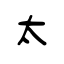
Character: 太